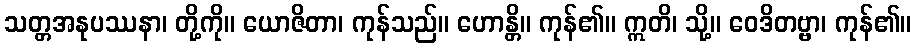
သတ္တအနုပဿနာ၊ တို့ကို။ ယောဇိတာ၊ ကုန်သည်။ ဟောန္တိ။ ကုန်၏။ ဣတိ၊ သို့။ ဝေဒိတဗ္ဗာ၊ ကုန်၏။